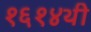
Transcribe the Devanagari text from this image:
१६१४थी